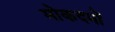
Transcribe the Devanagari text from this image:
मोकदमों